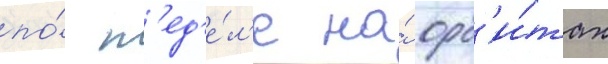
по́ н'ед'е́л'е на́ орб'и́тах